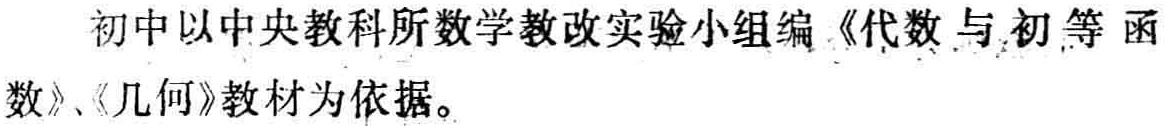
初中以中央教科所数学教改实验小组编《代数与初等函数》、《几何》教材为依据。